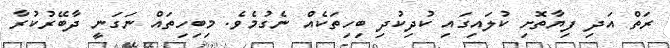
ރަތް އަދި ފިޔާތޮށި ކުލައިގައި ކުދިކުދި ބިހިތަކެއް ނެގުމެވެ. މިބިހިތައް ނަގަނީ ދާބޭރުކުރާ